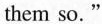
them so. "